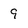
Character: 9